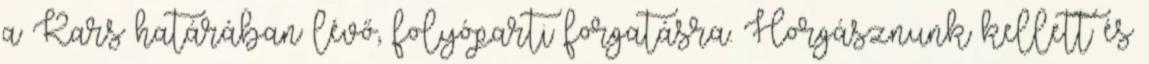
a Kars határában lévő, folyóparti forgatásra. Horgásznunk kellett és